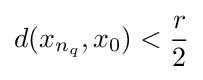
d(x_{n_{q}},x_{0})<{\frac {r}{2}}